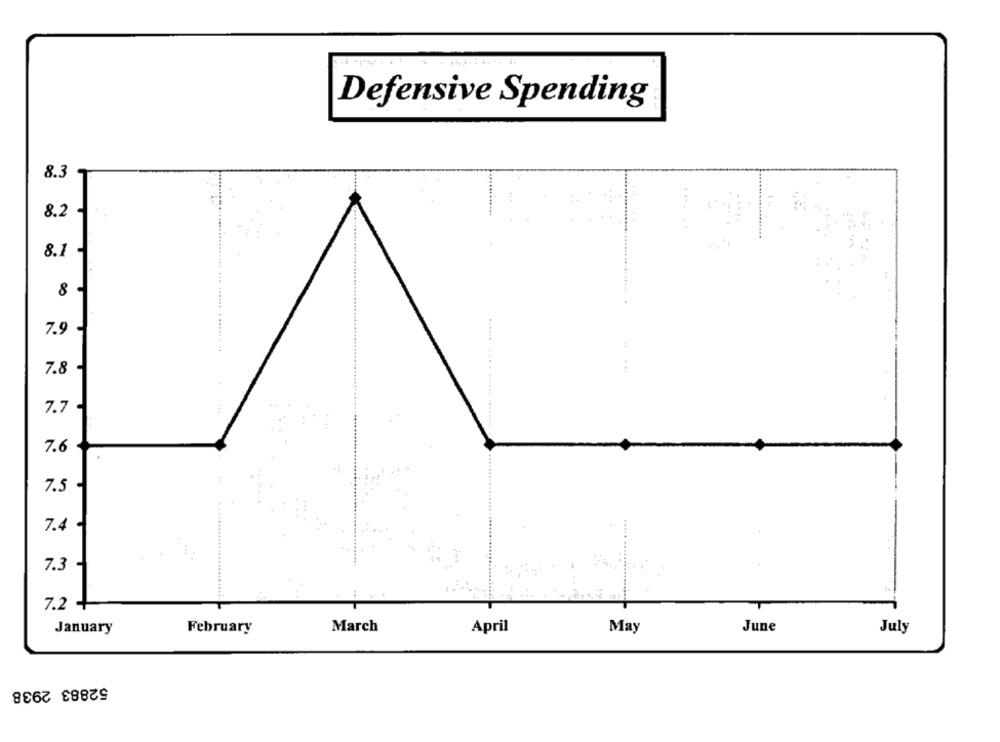
Defensive Spending
8.3
8.2 .
8.1 -
00
7.9
7.8
:
7.7-
:
7.6
7.5
7.4
7.3
7.2
January
February
March
April
May
June
July
52883 2938